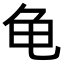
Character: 龟